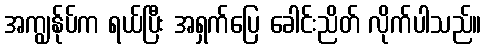
အကျွန်ုပ်က ရယ်ပြီး အရှက်ပြေ ခေါင်းညိတ် လိုက်ပါသည်။